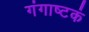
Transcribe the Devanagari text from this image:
गंगाष्टकं